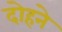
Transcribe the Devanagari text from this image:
दोहने